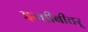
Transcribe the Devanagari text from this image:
इन्हीबीतर्